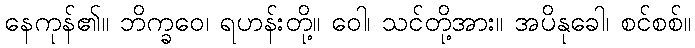
နေကုန်၏။ ဘိက္ခဝေ၊ ရဟန်းတို့။ ဝေါ၊ သင်တို့အား။ အပိနုခေါ၊ စင်စစ်။